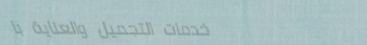
خدمات التجميل والعناية با